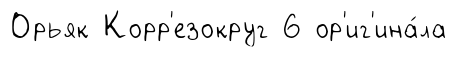
Орьяк Корр'езокруг 6 ор'иг'ина́ла